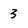
Character: 3